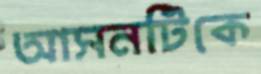
আসনটিকে